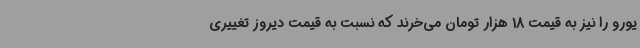
یورو را نیز به قیمت 18 هزار تومان می‌خرند که نسبت به قیمت دیروز تغییری